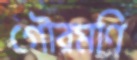
গৌরমণি